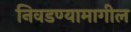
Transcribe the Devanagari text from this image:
निवडण्यामागील